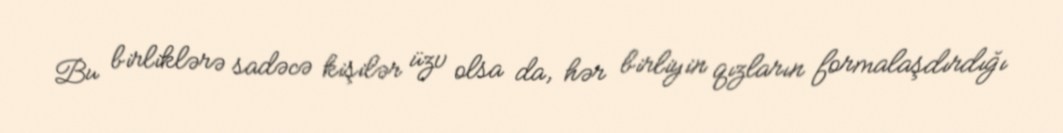
Bu birliklərə sadəcə kişilər üzv olsa da, hər birliyin qızların formalaşdırdığı